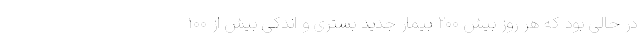
در حالی بود که هر روز بیش ۲۰۰ بیمار جدید بستری و اندکی بیش از ۱۰۰